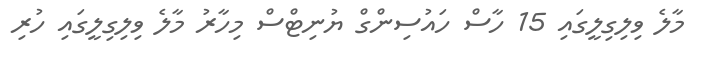
މާލެ ވިލިިގިލީގައި 15 ހާސް ހައުސިންގް ޔުނިޓްސް މިހާރު މާލެ ވިލިގިލީގައި ހުރި